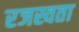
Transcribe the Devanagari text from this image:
रजस्वता